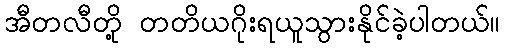
အီတလီတို့ တတိယဂိုးရယူသွားနိုင်ခဲ့ပါတယ်။